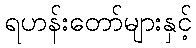
ရဟန်းတော်များနှင့်